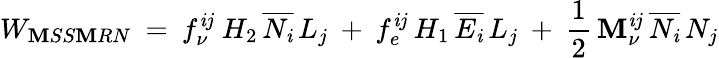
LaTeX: W_{\mathbf{M}SS\mathbf{M}RN}\: =\: f_{\nu}^{\mathit{i}j}\: H_{2}\, \overline{{{{N_{\mathit{i}}}}}}\, L_{j}\: +\: f_{e}^{\mathit{i}j}\, H_{1}\, \overline{{{{E_{\mathit{i}}}}}}\, L_{j}\: +\: \frac{{1}}{{2}}\, \mathbf{M}_{\nu}^{\mathit{i}j}\, \overline{{{{N_{\mathit{i}}}}}}\, N_{j}